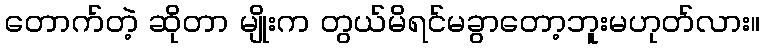
တောက်တဲ့ ဆိုတာ မျိုးက တွယ်မိရင်မခွာတော့ဘူးမဟုတ်လား။